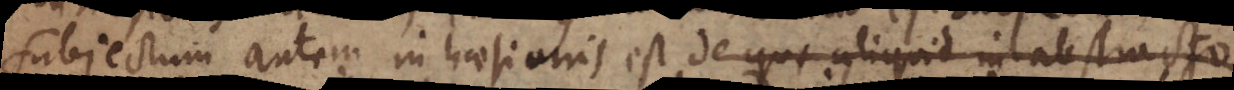
Subjectum autem inhaesionis est de quo aliquid in abstracto